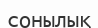
сонылық